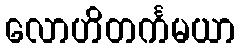
လောဟိတင်္ကမယာ